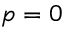
p = 0